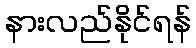
နားလည်နိုင်ရန်